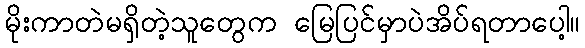
မိုးကာတဲမရှိတဲ့သူတွေက မြေပြင်မှာပဲအိပ်ရတာပေါ့။